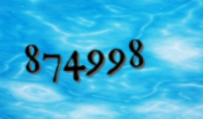
874998